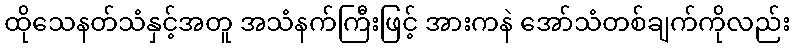
ထိုသေနတ်သံနှင့်အတူ အသံနက်ကြီးဖြင့် အားကနဲ အော်သံတစ်ချက်ကိုလည်း